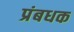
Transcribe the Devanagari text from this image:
प्रंबधक